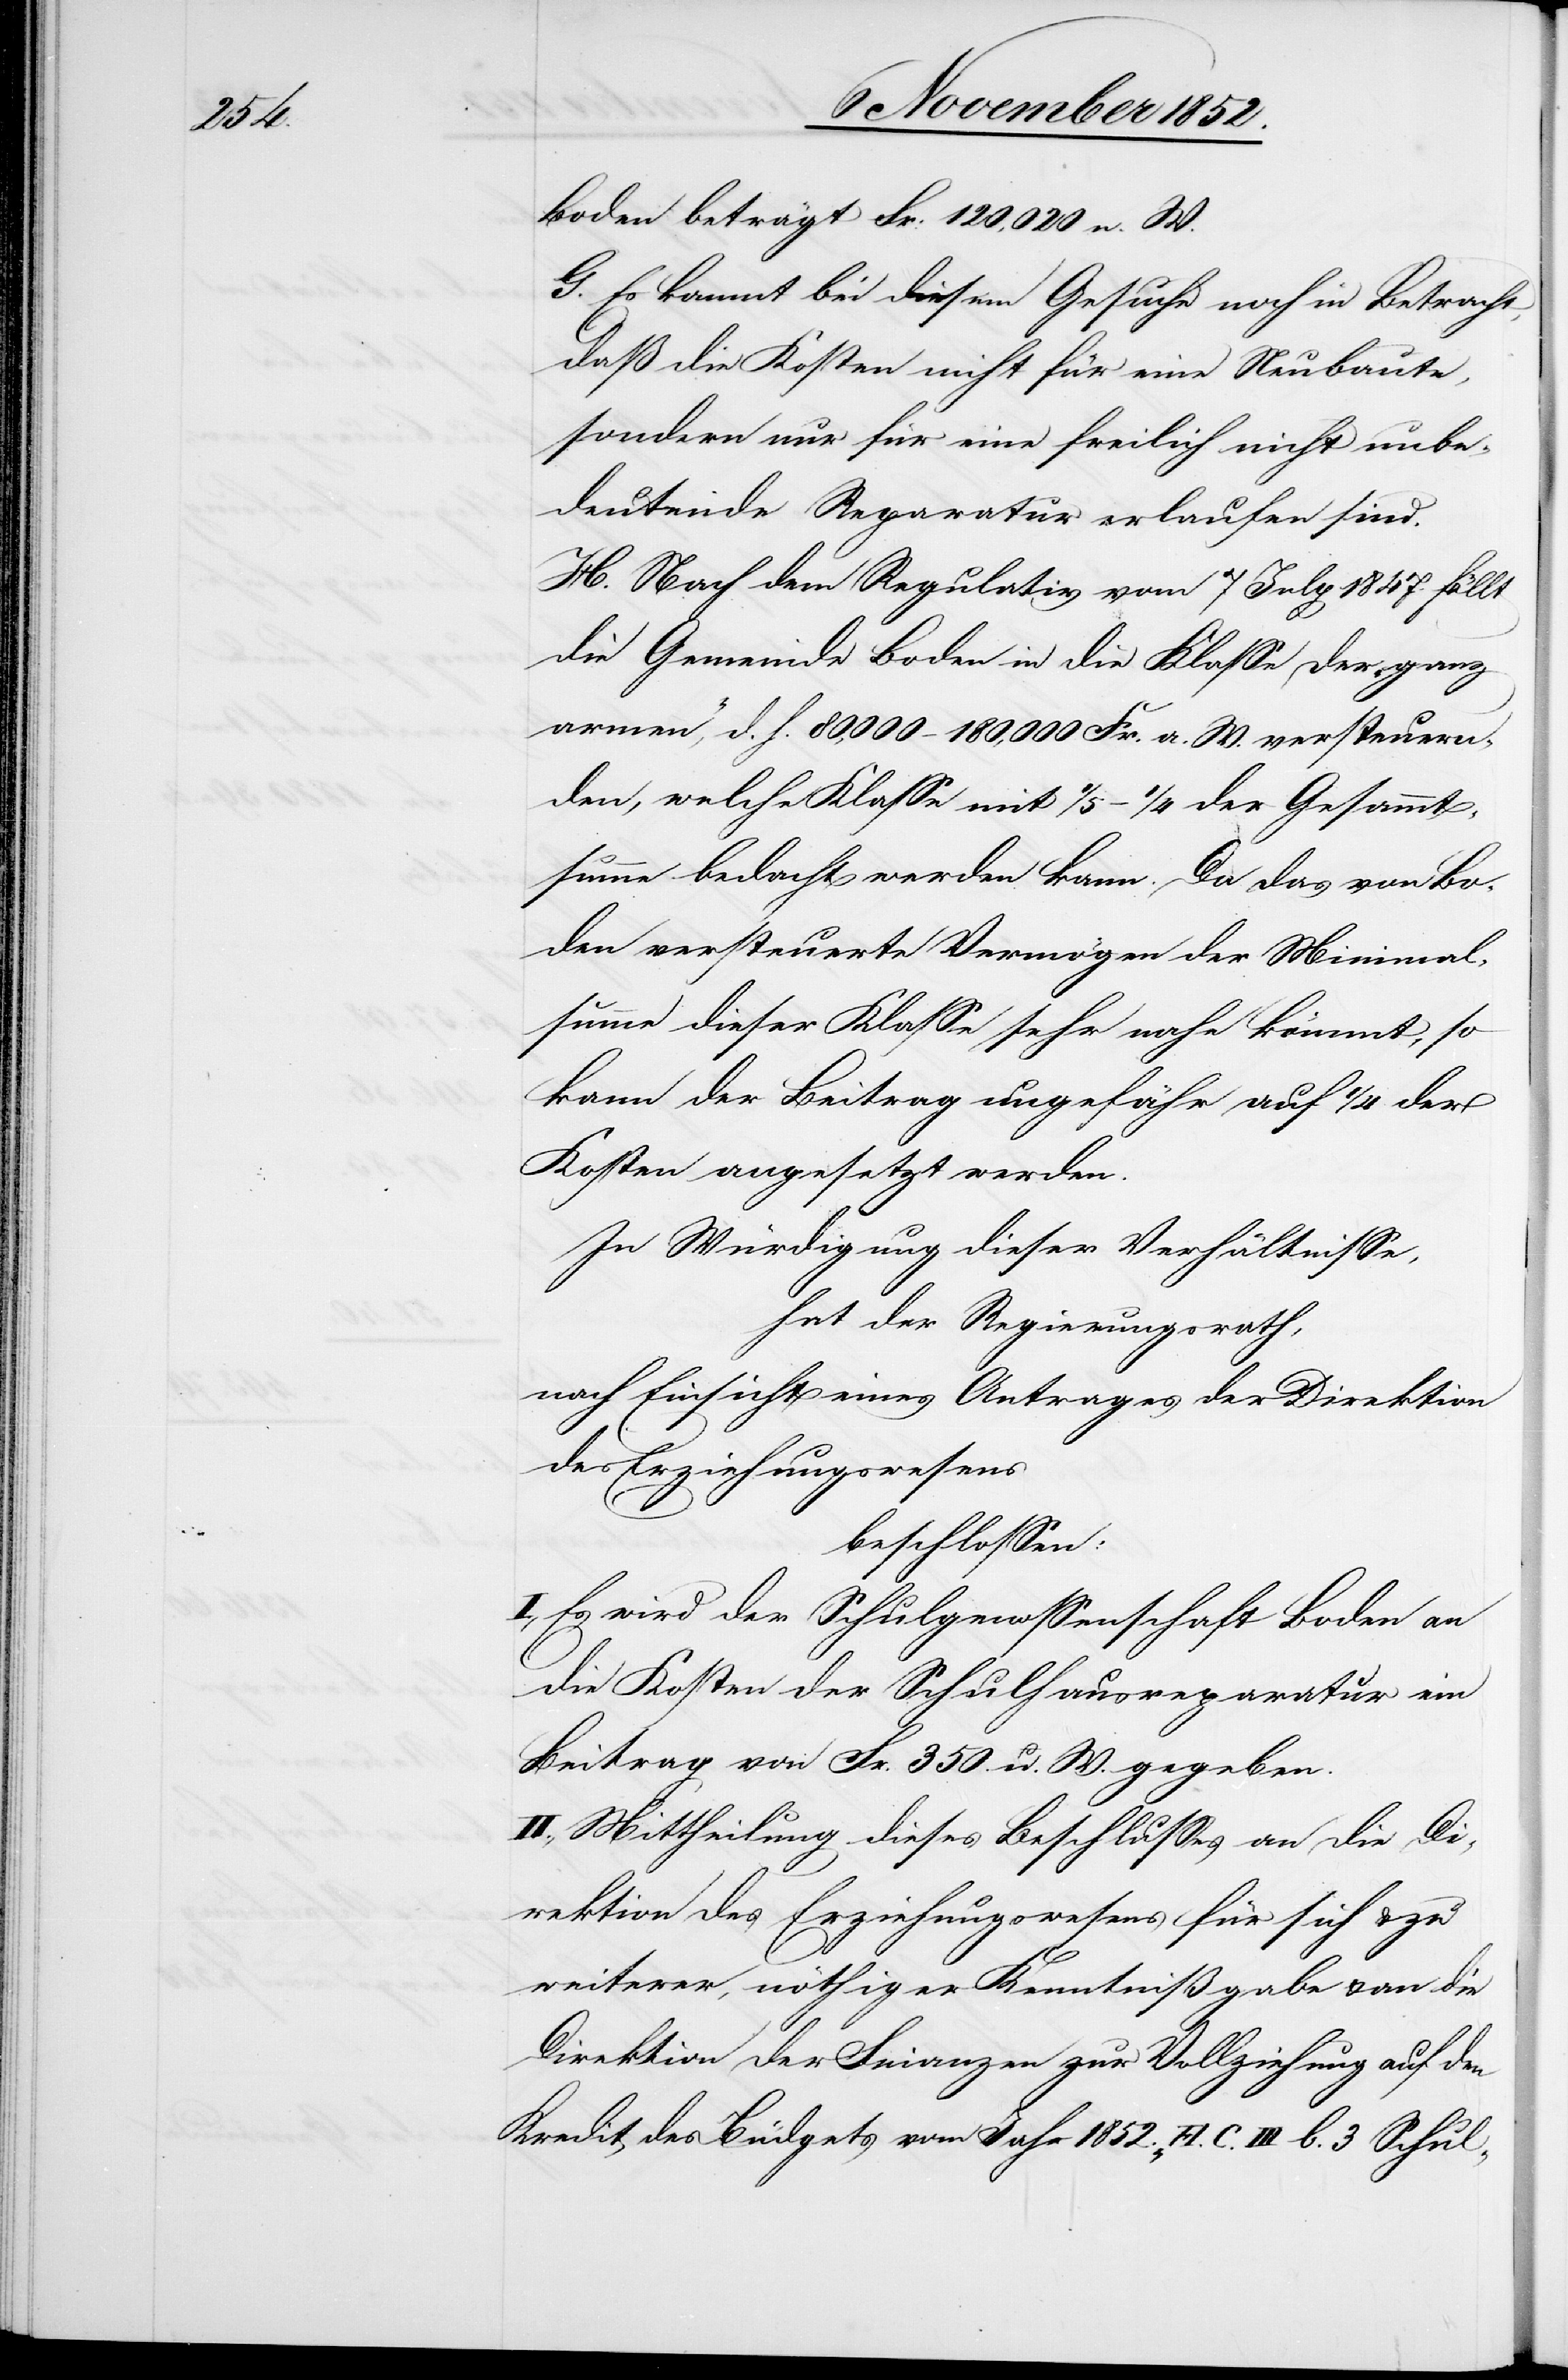
Boden beträgt Fr: 120,020 n. W.
G. Es kommt bei diesem Gesuche noch in Betracht,
daß die Kosten nicht für eine Neubaute,
sondern nur für eine freilich nicht unbe¬
deutende Reparatur erlaufen sind.
H. Nach dem Regulativ vom 7 July 1847. fällt
die Gemeinde Boden in die Klasse der „ganz
armen“, d. h. 80,000–180,000 Fr. a. W. versteuern¬
den, welche Klasse mit 1/5–1/4 der Gesammt¬
summe bedacht werden kann. Da das von Bo¬
den versteuerte Vermögen der Minimal¬
summe dieser Klasse sehr nahe kömmt, so
kann der Beitrag ungefähr auf 1/4 der
Kosten angesetzt werden.
In Würdigung dieser Verhältnisse,
hat der Regierungsrath,
nach Einsicht eines Antrages der Direktion
des Erziehungswesens
beschlossen:
I., Es wird der Schulgenossenschaft Boden an
die Kosten der Schulhausreparatur ein
Beitrag von Fr. 350 n. W. gegeben.
II., Mittheilung dieses Beschlusses an die Di¬
rektion des Erziehungswesens für sich & zu
weiterer, nöthiger Kenntnißgabe & an die
Direktion der Finanzen zur Vollziehung auf den
Kredit des Büdgets vom Jahr 1852. „H. C. III b. 3 Schul-